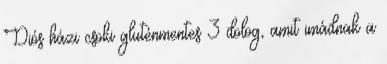
Diós házi csoki gluténmentes 3 dolog, amit imádnak a